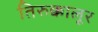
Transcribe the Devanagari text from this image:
तिरुक्कालूर